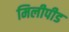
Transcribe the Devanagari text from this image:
मिलीपीड